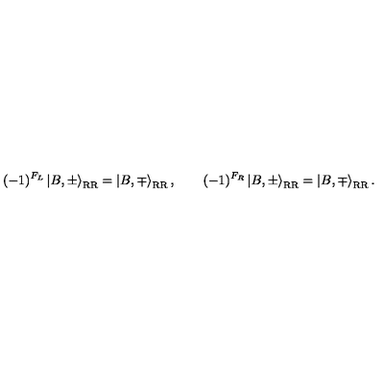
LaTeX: ( - 1 ) ^ { F _ { L } } \left| B , \pm \right\rangle _ { \mathrm { R R } } = \left| B , \mp \right\rangle _ { \mathrm { R R } } , \qquad ( - 1 ) ^ { F _ { R } } \left| B , \pm \right\rangle _ { \mathrm { R R } } = \left| B , \mp \right\rangle _ { \mathrm { R R } } .